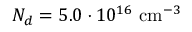
N _ { d } = 5 . 0 \cdot 1 0 ^ { 1 6 } \ensuremath { ~ \mathrm { c m } ^ { - 3 } }